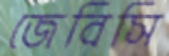
জেবিসি